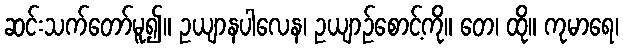
ဆင်းသက်တော်မူ၍။ ဥယျာနပါလေန၊ ဥယျာဉ်စောင့်ကို။ တေ၊ ထို။ ကုမာရေ၊